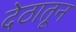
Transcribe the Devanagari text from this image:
देठातून